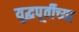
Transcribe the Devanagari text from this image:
युद्धपूर्वीच्या